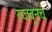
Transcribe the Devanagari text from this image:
रुजवूनच